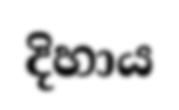
දිහාය